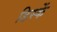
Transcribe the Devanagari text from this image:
डिस्कें